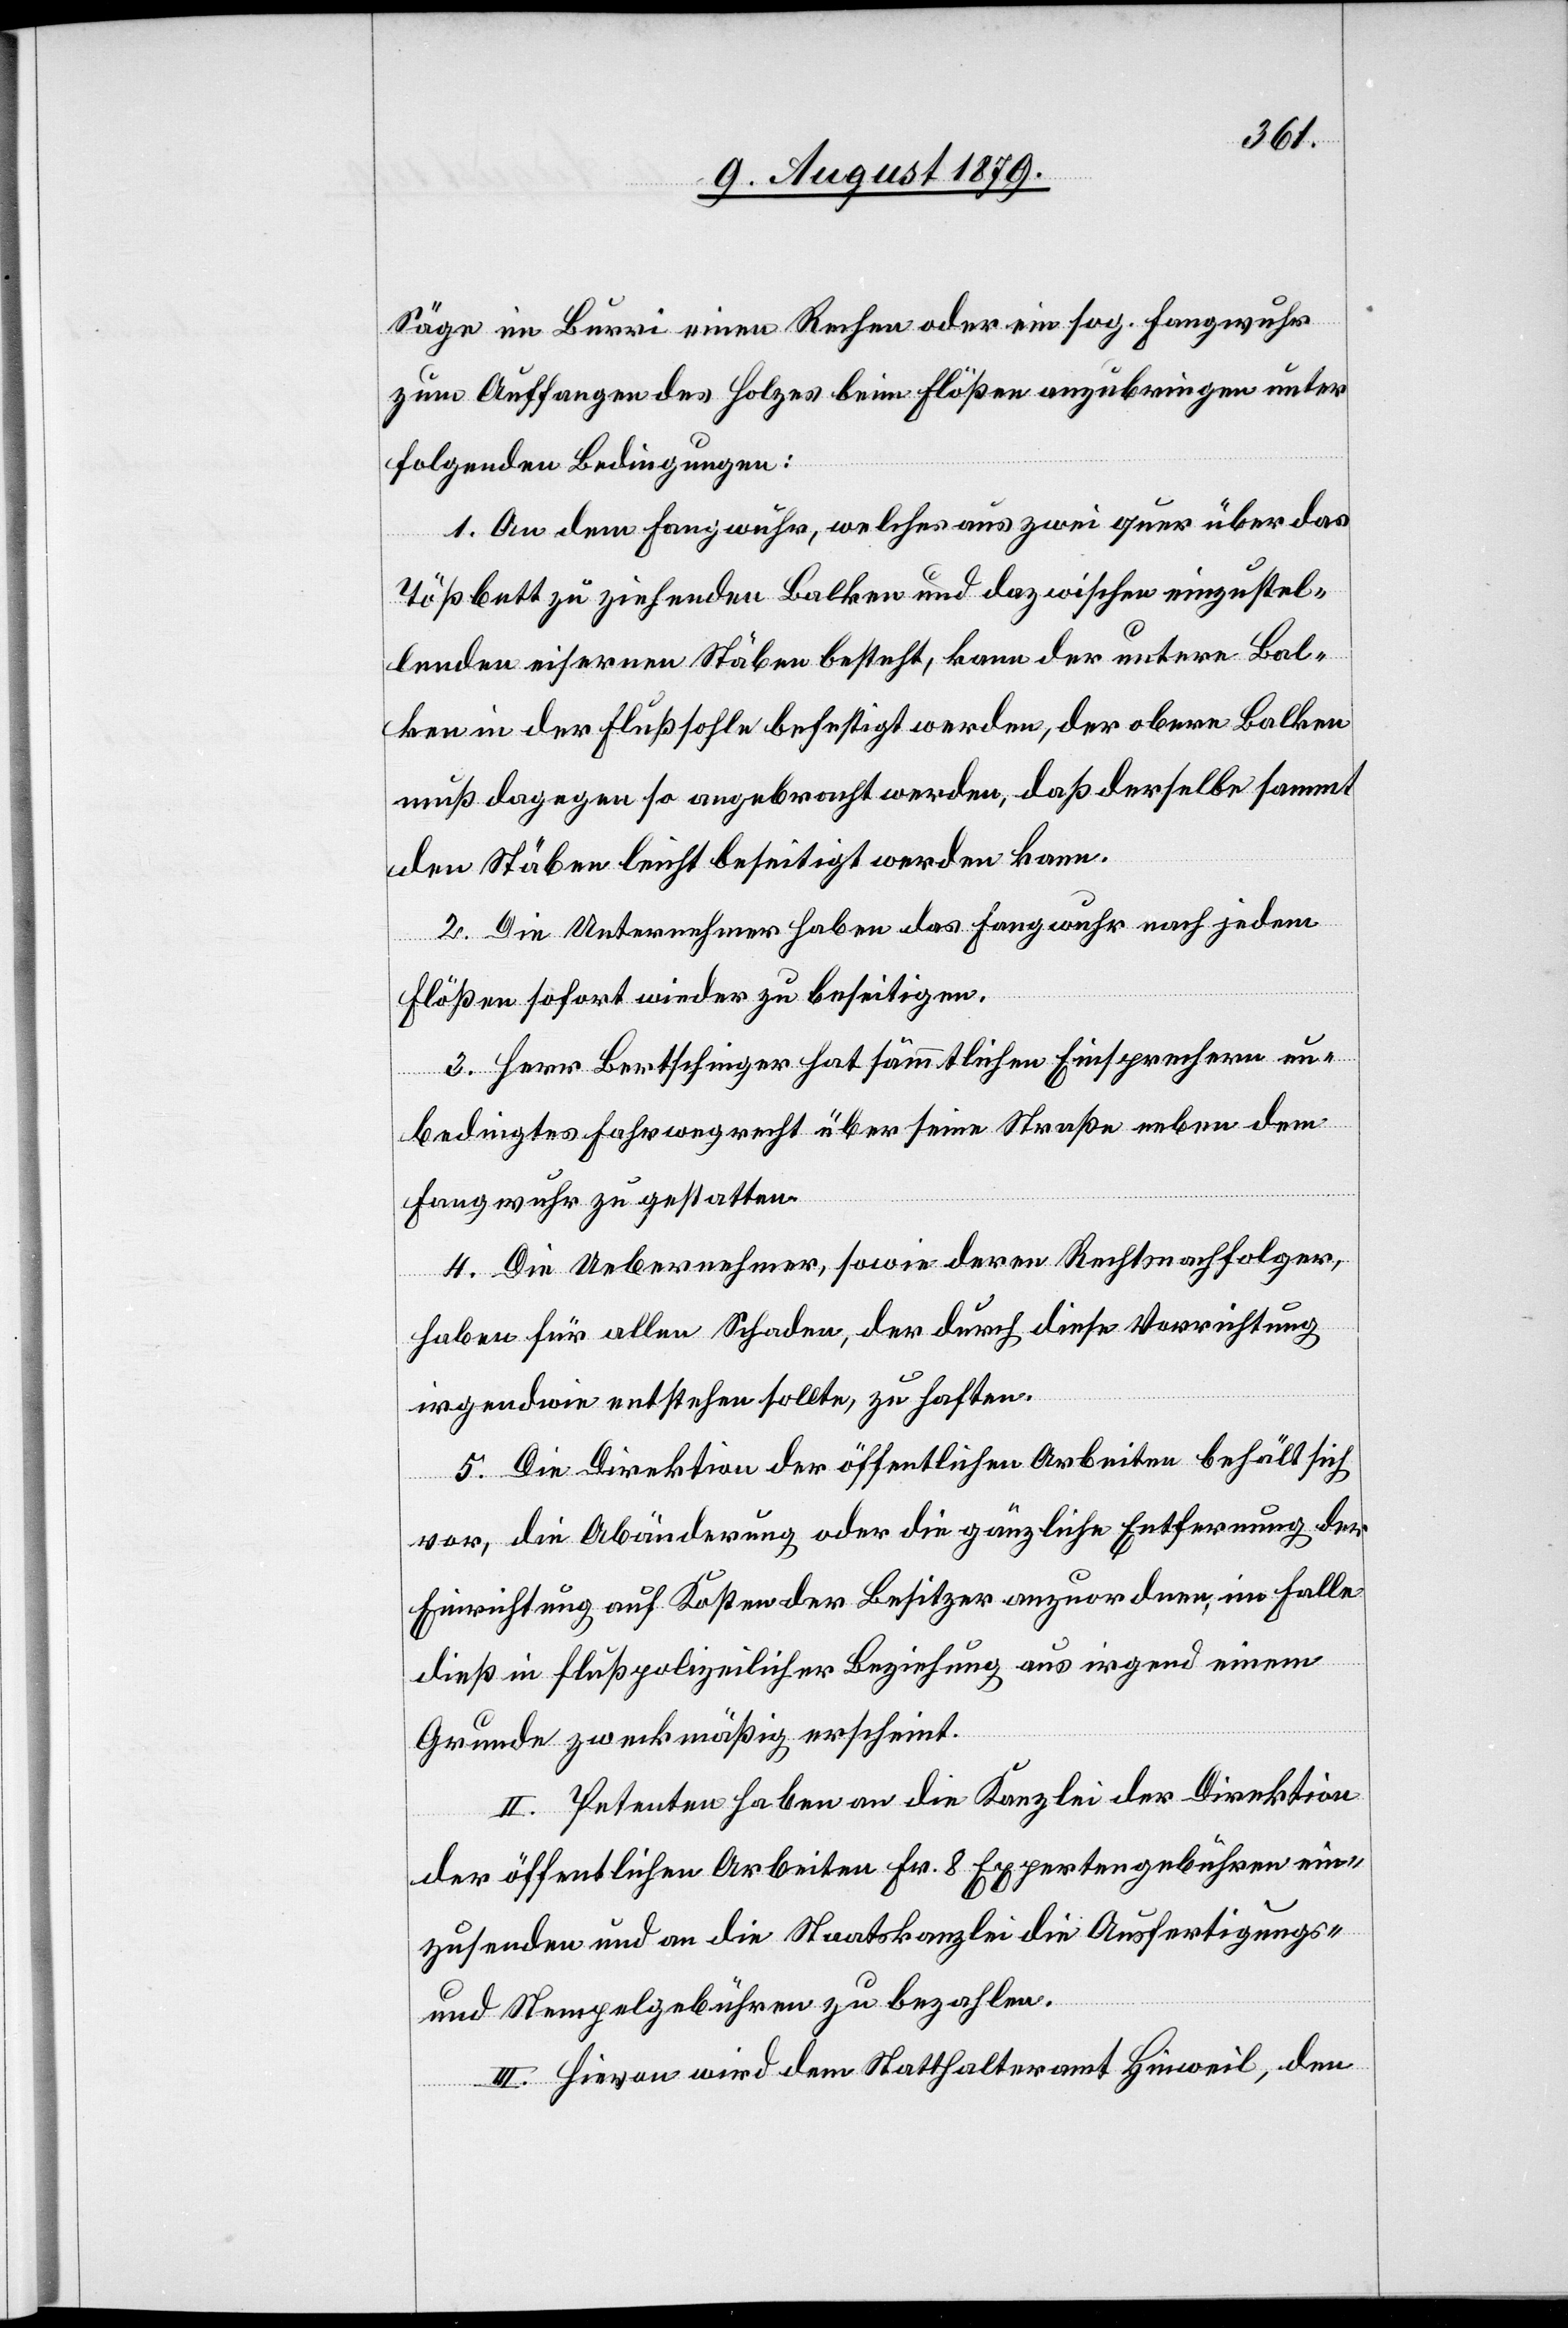
Säge im Burri einen Rechen oder ein sog. Fangwuhr
zum Auffangen des Holzes beim Flößen anzubringen unter
folgenden Bedingungen:
1. An dem Fangwuhr, welches aus zwei quer über das
Tößbett zu ziehenden Balken und dazwischen einzustel¬
lenden eisernen Stäben besteht, kann der untere Bal¬
ken in der Flußsohle befestigt werden, der obere Balken
muß dagegen so angebracht werden, daß derselbe sammt
den Stäben leicht beseitigt werden kann.
2. Die Unternehmer haben das Fangwuhr nach jedem
Flößen sofort wieder zu beseitigen.
3. Herr Bertschinger hat sämmtlichen Einsprechern un¬
bedingtes Fahrwegrecht über seine Straße neben dem
Fangwuhr zu gestatten.
4. Die Uebernehmer, sowie deren Rechtsnachfolger,
haben für allen Schaden, der durch diese Vorrichtung
irgendwie entstehen sollte, zu haften.
5. Die Direktion der öffentlichen Arbeiten behält sich
vor, die Abänderung oder die gänzliche Entfernung der
Einrichtung auf Kosten der Besitzer anzuordnen, im Falle
dieß in flußpolizeilicher Beziehung aus irgend einem
Grunde zweckmäßig erscheint.
II. Petenten haben an die Kanzlei der Direktion
der öffentlichen Arbeiten Fr. 8 Expertengebühren ein¬
zusenden und an die Staatskanzlei die Ausfertigungs-
und Stempelgebühren zu bezahlen.
III. Hievon wird dem Statthalteramt Hinweil, den